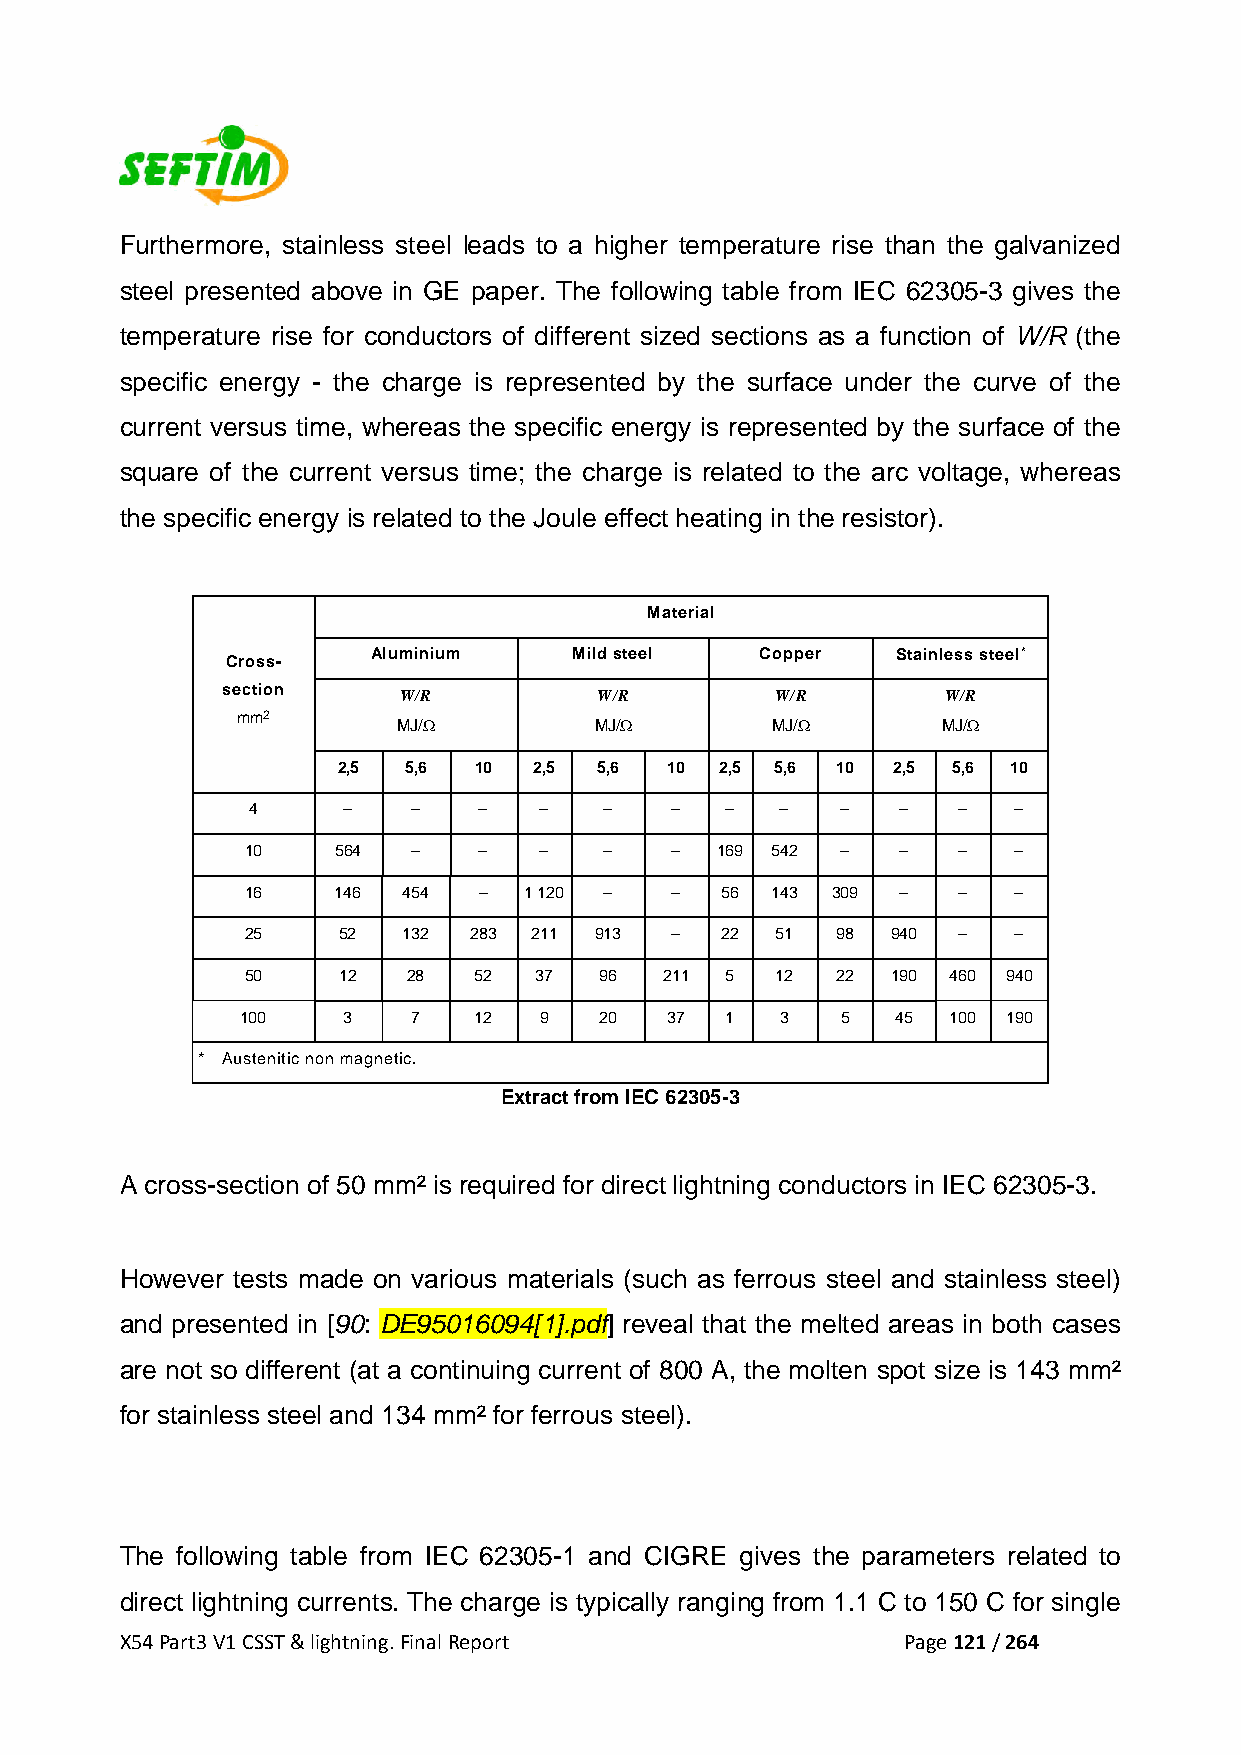
Furthermore, stainless steel leads to a higher temperature rise than the galvanized
 steel presented above in GE paper. The following table from IEC 62305-3 gives the
 temperature rise for conductors of different sized sections as a function of W/R (the
 specific energy - the charge is represented by the surface under the curve of the
 current versus time, whereas the specific energy is represented by the surface of the
 square of the current versus time; the charge is related to the arc voltage, whereas
 the specific energy is related to the Joule effect heating in the resistor).
 Material
 Aluminium    Mild steel  Copper   Stainless steel*
 Cross-
 section
 W/R           W/R        W/R        W/R
 mm2
 MJ/Ω         MJ/Ω        MJ/Ω       MJ/Ω
 2,5  5,6 10  2,5  5,6 10  2,5 5,6 10 2,5 5,6 10
 4      –   –    –   –   –   –   –   –   –   –  –   –
 10    564  –    –   –   –   –  169 542  –   –  –   –
 16    146  454  –  1 120 –  –   56 143 309  –  –   –
 25    52   132 283 211 913  –   22 51  98  940 –   –
 50    12   28  52  37   96  211 5  12  22  190 460 940
 100    3   7   12   9   20  37  1   3   5  45  100 190
 * Austenitic non magnetic.
 Extract from IEC 62305-3
 A cross-section of 50 mm² is required for direct lightning conductors in IEC 62305-3.
 However tests made on various materials (such as ferrous steel and stainless steel)
 and presented in [90: DE95016094[1].pdf] reveal that the melted areas in both cases
 are not so different (at a continuing current of 800 A, the molten spot size is 143 mm²
 for stainless steel and 134 mm² for ferrous steel).
 The following table from IEC 62305-1 and CIGRE gives the parameters related to
 direct lightning currents. The charge is typically ranging from 1.1 C to 150 C for single
 X54 Part3 V1 CSST & lightning. Final Report         Page 121 / 264